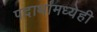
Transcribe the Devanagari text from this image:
पदार्थांमध्येही